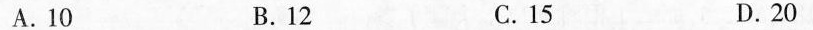
A.10 B.12 C.15 D.20